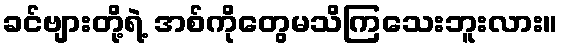
ခင်ဗျားတို့ရဲ့ အစ်ကိုတွေမသိကြသေးဘူးလား။